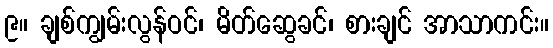
၉။ ချစ်ကျွမ်းလွန်ဝင်၊ မိတ်ဆွေခင်၊ စားချင် အာသာကင်း။